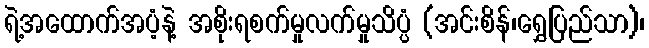
ရဲ့အထောက်အပံ့နဲ့ အစိုးရစက်မှုလက်မှုသိပ္ပံ (အင်းစိန်၊ရွှေပြည်သာ)၊